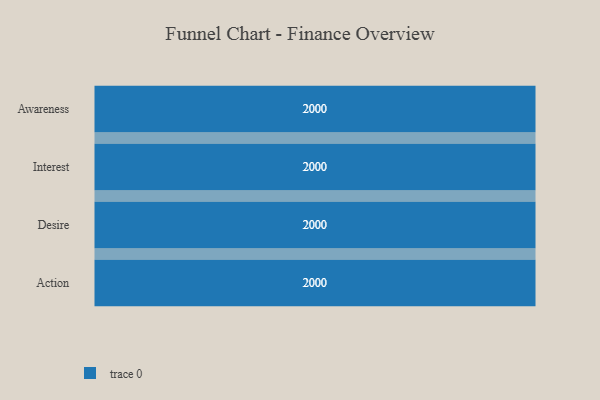
{"axis": {"x": "Stage", "y": "Value"}, "legend": [""], "data": [{"x": "Awareness", "y": 2000, "type": ""}, {"x": "Interest", "y": 2000, "type": ""}, {"x": "Desire", "y": 2000, "type": ""}, {"x": "Action", "y": 2000, "type": ""}]}